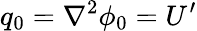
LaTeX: q_{0}=\nabla^{2}\phi_{0}=U^{\prime}